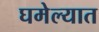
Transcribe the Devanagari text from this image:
घमेल्यात